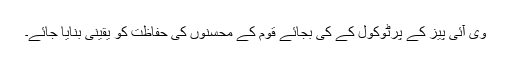
وی آئی پیز کے پرٹوکول کے کی بجائے قوم کے محسنوں کی حفاظت کو یقینی بنایا جائے۔